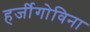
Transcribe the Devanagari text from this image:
हर्जीगोविना